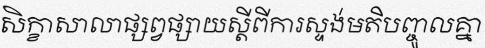
សិក្ខាសាលាផ្សព្វផ្សាយស្តីពីការស្ទង់មតិបញ្ចូលគ្នា